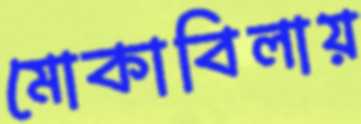
মোকাবিলায়